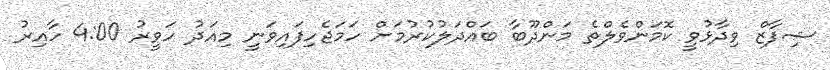
ޝިފާޒް ވިދާޅުވީ ކޮމަންވެލްތެ މަންދޫބާ ބައްދަލުކުރުމަށް ހަމަޖެހިފައިވަނީ މިއަދު ހަވީރު 4:00 ހާއިރު